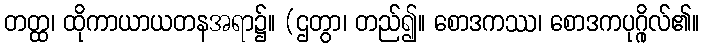
တတ္ထ၊ ထိုကာယာယတနအရာ၌။ (ဌတွာ၊ တည်၍။ စောဒကဿ၊ စောဒကပုဂ္ဂိုလ်၏။